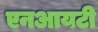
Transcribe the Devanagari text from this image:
एनआयटी